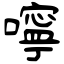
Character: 嚀